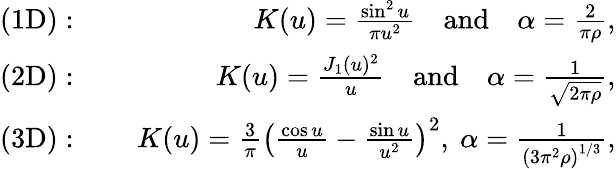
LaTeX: \begin{array}{rlr}{\mathrm{(1D)}:}&{\ }&{K(u)=\frac{\sin^{2}u}{\pi u^{2}}\quad\mathrm{and}\quad\alpha=\frac{2}{\pi\rho},}\\ {\mathrm{(2D)}:}&{\ }&{K(u)=\frac{J_{1}(u)^{2}}{u}\quad\mathrm{and}\quad\alpha=\frac{1}{\sqrt{2\pi\rho}},}\\ {\mathrm{(3D)}:}&{\ }&{K(u)=\frac{3}{\pi}\left(\frac{\cos u}{u}-\frac{\sin u}{u^{2}}\right)^{2},\ \alpha=\frac{1}{\left(3\pi^{2}\rho\right)^{1/3}},}\end{array}